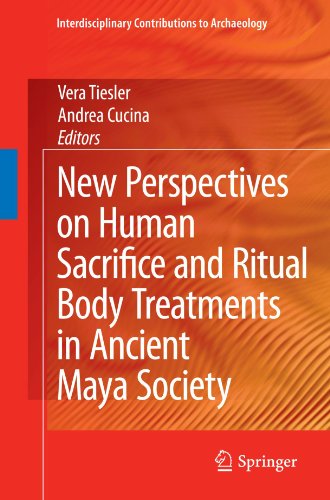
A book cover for New Perspectives on Human Sacrifice and Ritual Body Treatments in Ancient Maya Society (Interdisciplinary Contributions to Archaeology); History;